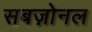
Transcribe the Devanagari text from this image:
सबज़ोनल